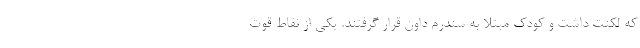
که لکنت داشت و کودک مبتلا به سندرم داون قرار گرفتند. یکی از نقاط قوت